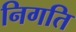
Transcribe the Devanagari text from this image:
निगति